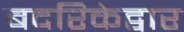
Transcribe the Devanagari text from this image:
बदरिकेद्वार